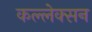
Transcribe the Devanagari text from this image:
कल्लेक्सन